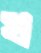
খ